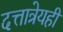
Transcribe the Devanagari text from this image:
दत्तात्रेयही